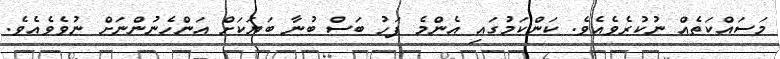
މަސައްކަތެއް ނުކުރެވެއެވެ. ކަންކަމުގައި އެންމެ ފަހު ބަސް ބުނާ ބަޔަކަށް އަންހެނުންނަށް ނުވެވެއެވެ.